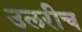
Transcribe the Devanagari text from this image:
उलरीच